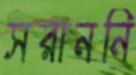
সরাননি